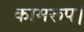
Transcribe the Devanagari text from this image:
कामरूप।